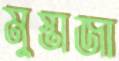
মুস্তাজা